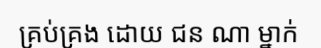
គ្រប់គ្រង ដោយ ជន ណា ម្នាក់